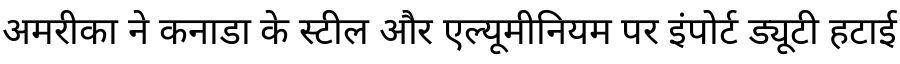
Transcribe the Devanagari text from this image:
अमरीका ने कनाडा के स्टील और एल्यूमीनियम पर इंपोर्ट ड्यूटी हटाई